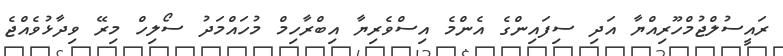
ރައީސުލްޖުމްހޫރިއްޔާ އަދި ސިފައިންގެ އެންމެ އިސްވެރިޔާ އިބްރާހިމް މުހައްމަދު ސޯލިހް މިރޭ ވިދާޅުވެއްޖެ